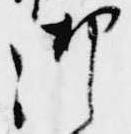
御